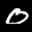
Label: 0